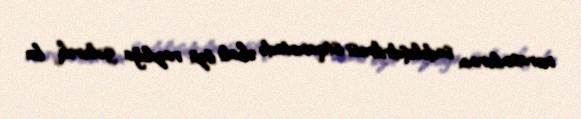
mərasimlərinin sadələşdirilməsi istiqamətində əhali özü razılığa gələrək, bu